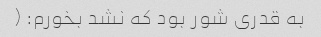
به قدری شور بود که نشد بخورم: (